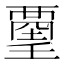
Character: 𧟿